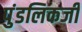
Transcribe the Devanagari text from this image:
पुंडलिकजी